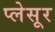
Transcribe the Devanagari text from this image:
प्लेसूर